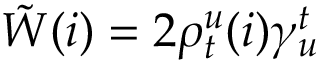
\begin{array} { r } { \tilde { W } ( i ) = 2 \rho _ { t } ^ { u } ( i ) \gamma _ { u } ^ { t } } \end{array}